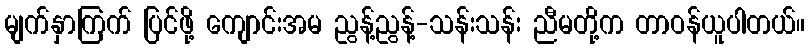
မျက်နှာကြက် ပြင်ဖို့ ကျောင်းအမ ညွန့်ညွန့်-သန်းသန်း ညီမတို့က တာဝန်ယူပါတယ်။